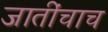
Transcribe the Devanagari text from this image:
जातींचाच